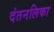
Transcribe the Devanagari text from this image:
दंतनलिका